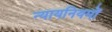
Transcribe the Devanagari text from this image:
न्यायनियमों